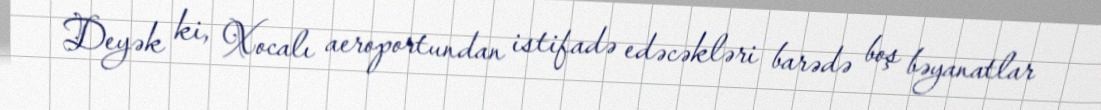
Deyək ki, Xocalı aeroportundan istifadə edəcəkləri barədə boş bəyanatlar